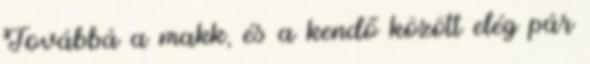
Továbbá a makk, és a kendő között elég pár